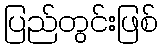
ပြည်တွင်းဖြစ်